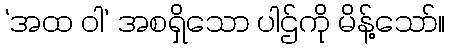
‘အထ ဝါ’ အစရှိသော ပါဌ်ကို မိန့်သော်။